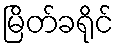
မြိတ်ခရိုင်